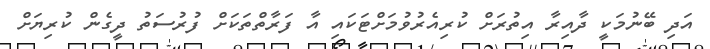
އަދި ބޭނުމަކީ ދާއިރާ އިތުރަށް ކުރިއެރުވުމަށްޓަކައި އާ ފަރާތްތަކަށް ފުރުސަތު ދީގެން ކުރިޔަށް